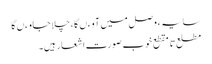
سایہء وصل میں آوءں گا ، چلا جاوءں گا
مطلع تا مقطع خوب صورت اشعار ہیں۔